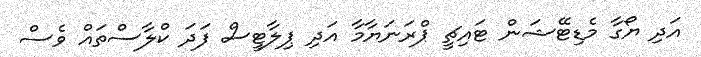
އަދި ޔޯގާ މެޑިޓޭޝަން ޓައިޗީ ޕްރަނަޔާމާ އަދި ޕިލާޓީސް ފަދަ ކްލާސްތައް ވެސް